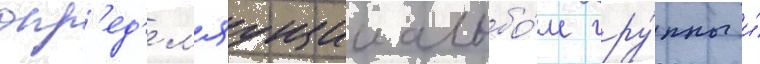
опр'ед'ел'яущии альбо́м гру́ппы и́